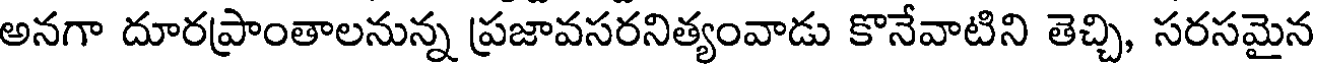
అనగా దూరప్రాంతాలనున్న ప్రజావసరనిత్యంవాడు కొనేవాటిని తెచ్చి, సరసమైన